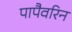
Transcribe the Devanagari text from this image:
पापैवरिन